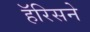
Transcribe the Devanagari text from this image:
हॅरिसने